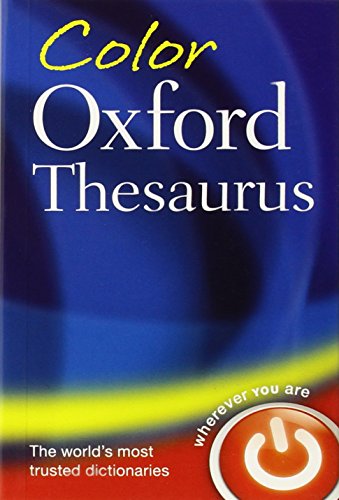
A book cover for Color Oxford Thesaurus; Reference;